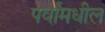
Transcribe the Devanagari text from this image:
पर्वांमधील